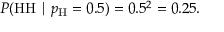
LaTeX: P ( { \mathrm { H H } } \mid p _ { \mathrm { H } } = 0 . 5 ) = 0 . 5 ^ { 2 } = 0 . 2 5 .